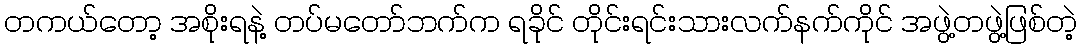
တကယ်တော့ အစိုးရနဲ့ တပ်မတော်ဘက်က ရခိုင် တိုင်းရင်းသားလက်နက်ကိုင် အဖွဲ့တဖွဲ့ဖြစ်တဲ့